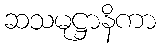
ဆသမုဋ္ဌာနိကာ